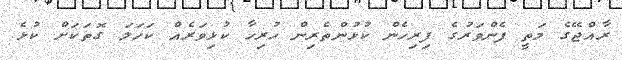
ރާއްޖޭގެ މަތީ ފެންވަރުގެ ފިރިހެން ކުޅުންތެރިން ހުރިހާ ކުޅިވަރެއް ކަހަލަ ގޮތަކަށް ކުޅެ